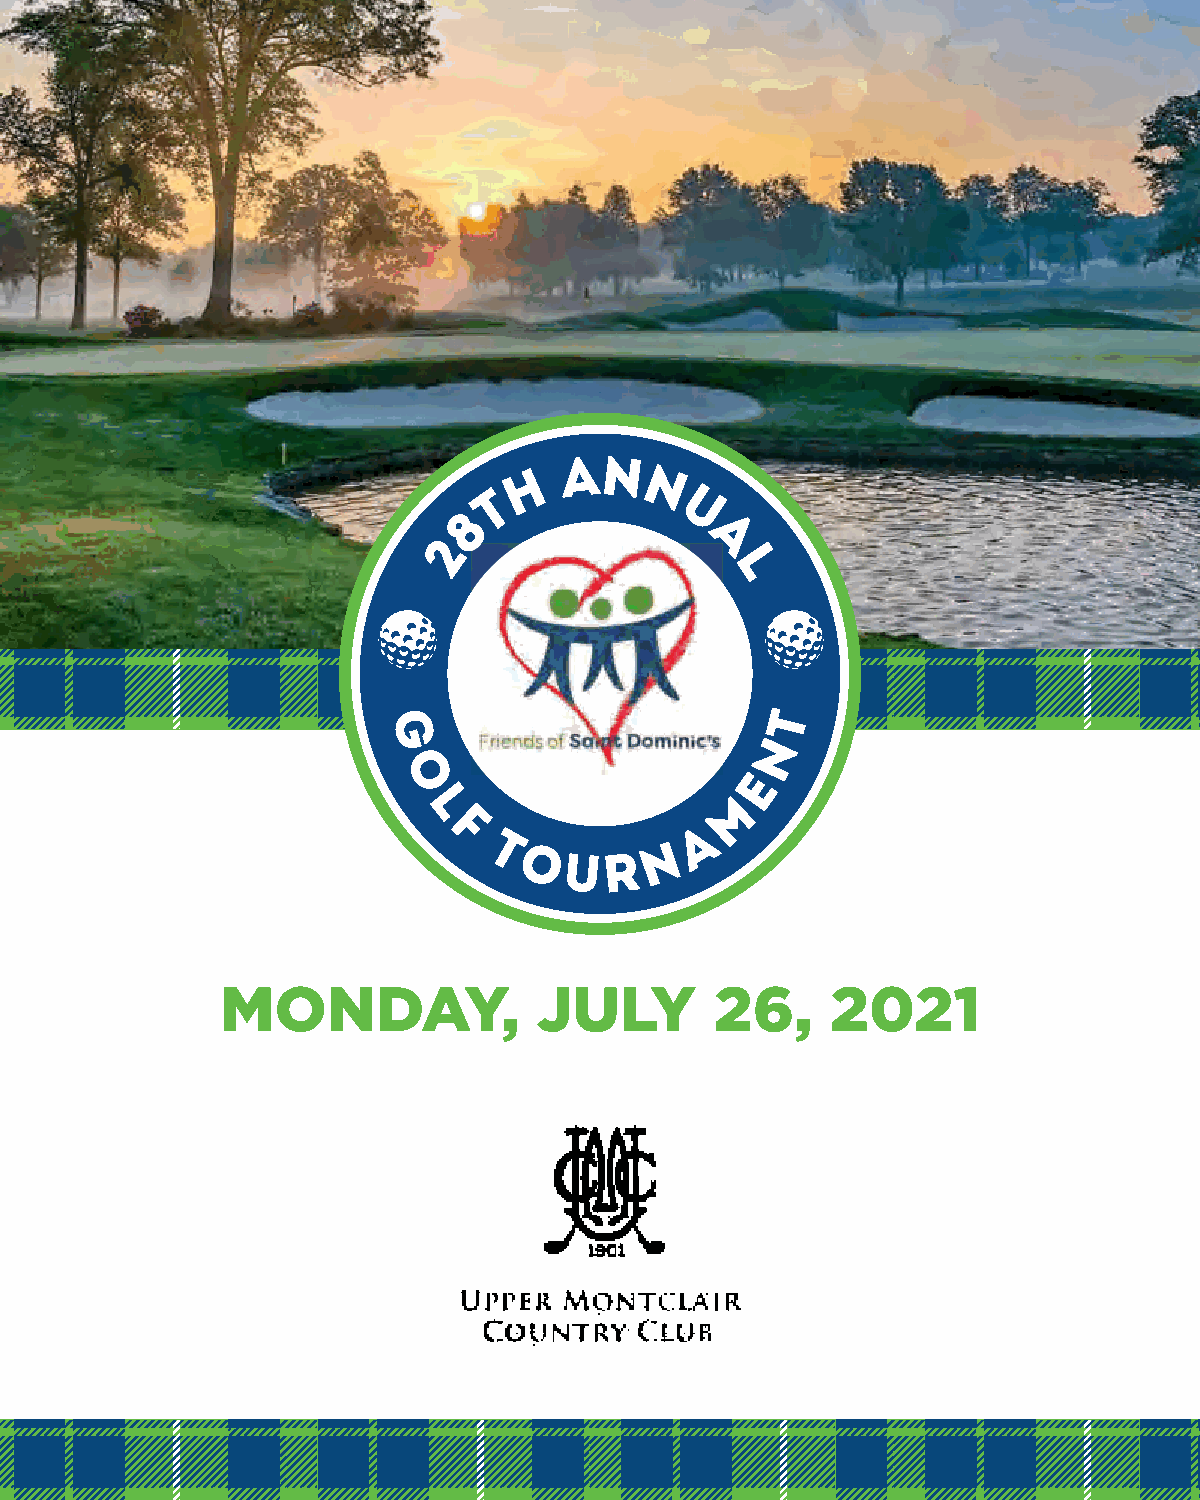
MONDAY,              JULY       26,     2021